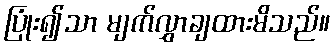
ပြုံး၍သာ မျက်လွှာချထားမိသည်။